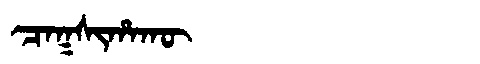
Manchu: ᠴᠠᡴᠰᡳᡥᠠᡴᡡ
Romanization: CAKSIHAKŪ